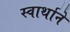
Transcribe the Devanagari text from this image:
स्वार्थाने